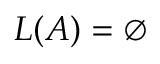
L ( A ) = \emptyset